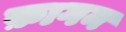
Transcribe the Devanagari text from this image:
फ़ागन